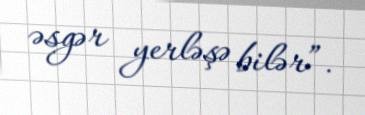
əsgər yerləşə bilər”.